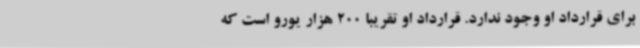
برای قرارداد او وجود ندارد. قرارداد او تقریبا 200 هزار یورو است که